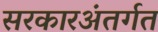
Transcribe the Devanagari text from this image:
सरकारअंतर्गत